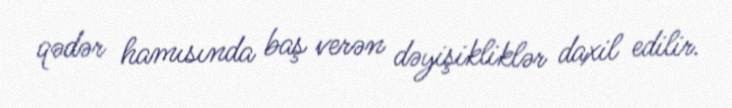
qədər hamısında baş verən dəyişikliklər daxil edilir.